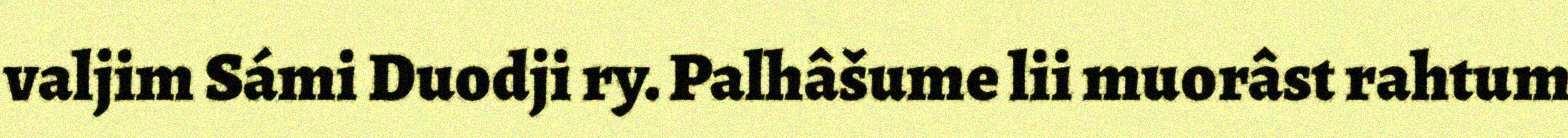
valjim Sámi Duodji ry. Palhâšume lii muorâst rahtum